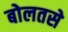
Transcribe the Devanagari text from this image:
बोलतसे